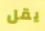
يقل